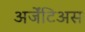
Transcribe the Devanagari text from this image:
अर्जेंटिअस